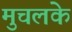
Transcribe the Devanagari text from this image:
मुचलके